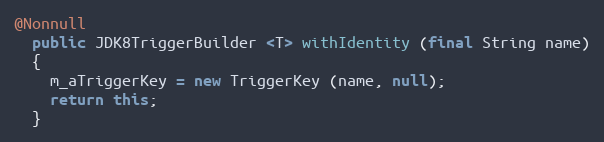
Language: Java
@Nonnull
  public JDK8TriggerBuilder <T> withIdentity (final String name)
  {
    m_aTriggerKey = new TriggerKey (name, null);
    return this;
  }